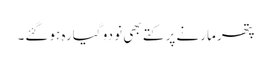
پتھر مارنے پر کتے بھی نو دو گیارہ ہوگئے۔